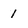
Character: 1